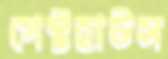
গেস্টহাউস